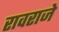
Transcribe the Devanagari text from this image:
रावराजे